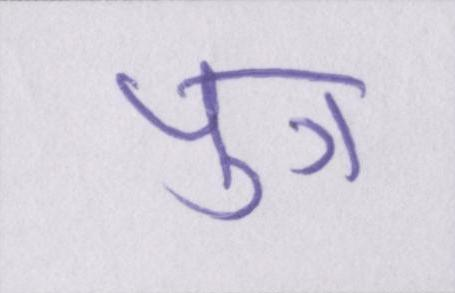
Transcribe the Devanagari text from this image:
पुत्र